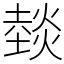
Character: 燅